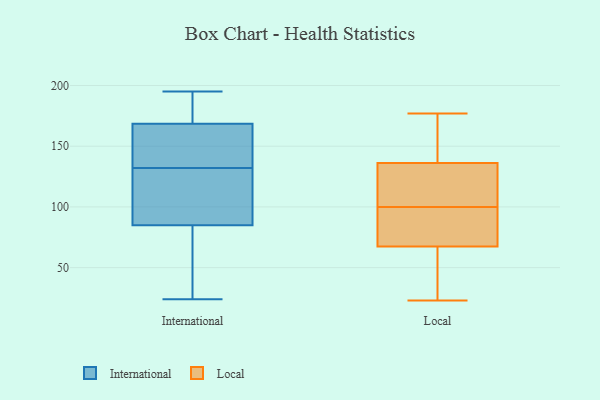
{"axis": {"x": "Website Visitors", "y": "Value"}, "legend": ["International", "Local"], "data": [{"x": "", "y": 114, "type": "International"}, {"x": "", "y": 170, "type": "International"}, {"x": "", "y": 136, "type": "International"}, {"x": "", "y": 129, "type": "International"}, {"x": "", "y": 130, "type": "International"}, {"x": "", "y": 191, "type": "International"}, {"x": "", "y": 167, "type": "International"}, {"x": "", "y": 191, "type": "International"}, {"x": "", "y": 91, "type": "International"}, {"x": "", "y": 83, "type": "International"}, {"x": "", "y": 148, "type": "International"}, {"x": "", "y": 43, "type": "International"}, {"x": "", "y": 24, "type": "International"}, {"x": "", "y": 26, "type": "International"}, {"x": "", "y": 87, "type": "International"}, {"x": "", "y": 195, "type": "International"}, {"x": "", "y": 195, "type": "International"}, {"x": "", "y": 156, "type": "International"}, {"x": "", "y": 134, "type": "International"}, {"x": "", "y": 43, "type": "International"}, {"x": "", "y": 96, "type": "Local"}, {"x": "", "y": 159, "type": "Local"}, {"x": "", "y": 177, "type": "Local"}, {"x": "", "y": 106, "type": "Local"}, {"x": "", "y": 100, "type": "Local"}, {"x": "", "y": 139, "type": "Local"}, {"x": "", "y": 63, "type": "Local"}, {"x": "", "y": 23, "type": "Local"}, {"x": "", "y": 34, "type": "Local"}, {"x": "", "y": 128, "type": "Local"}, {"x": "", "y": 81, "type": "Local"}]}